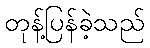
တုန့်ပြန်ခဲ့သည်